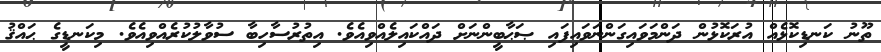
ތޫނު ކަނޑިކޮޅެއް އުރަކޮޅުން ދަންމަވައިގަންނަވައިފައި ޞަޙާބީންނަށް ދައްކައިލެއްވިއެވެ. އިތުރުސާހިބާ ސުވާލުކުރެއްވިއެވެ. މިކަނޑީގެ ޙައްޤު